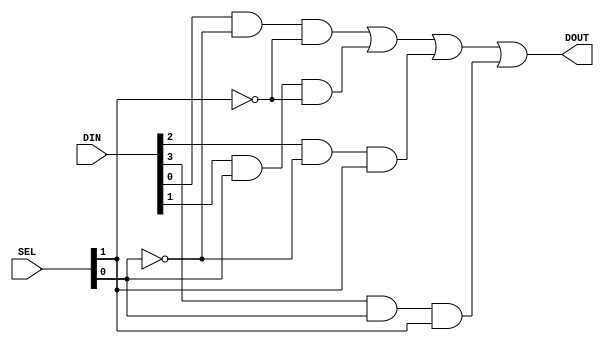
`timescale 1ns / 1ps


module mux_4_to_1
(
  input [3:0] DIN,
  input [1:0] SEL,
  output DOUT
);

  // Selected inputs 
  assign DOUT = (DIN[0] & ~SEL[0] & ~SEL[1]) | (DIN[1] & SEL[0] & ~SEL[1]) | (DIN[2] & ~SEL[0] & SEL[1]) | (DIN[3] & SEL[0] & SEL[1]);
endmodule